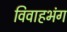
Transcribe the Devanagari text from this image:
विवाहभंग